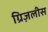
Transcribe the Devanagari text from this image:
ग्रिज़लीस